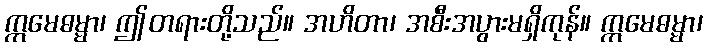
ဣမေဓမ္မာ၊ ဤတရားတို့သည်။ အဟိတာ၊ အစီးအပွားမရှိကုန်။ ဣမေဓမ္မာ၊